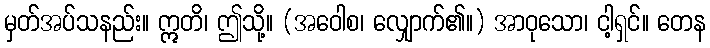
မှတ်အပ်သနည်း။ ဣတိ၊ ဤသို့။ (အဝေါစ၊ လျှောက်၏။) အာဝုသော၊ ငါ့ရှင်။ တေန